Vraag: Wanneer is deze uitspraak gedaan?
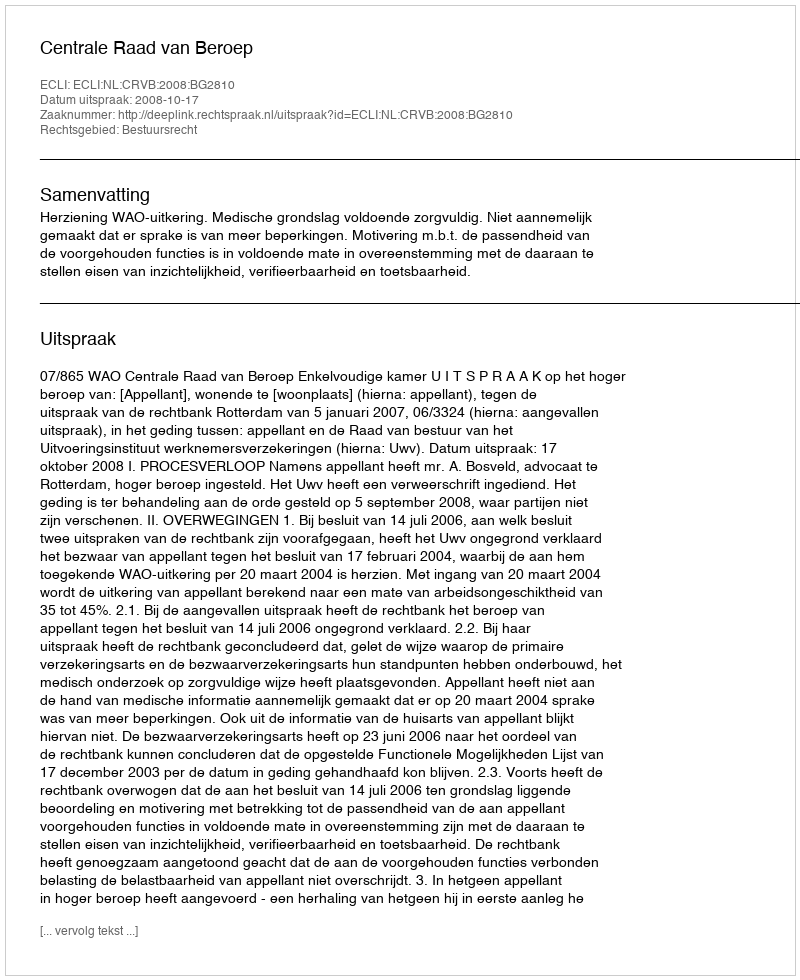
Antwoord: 2008-10-17